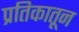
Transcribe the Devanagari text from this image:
प्रतिकातून